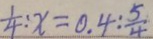
\frac { 1 } { 4 } : x = 0 . 4 : \frac { 5 } { 4 }